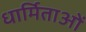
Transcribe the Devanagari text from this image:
धार्मिताओं